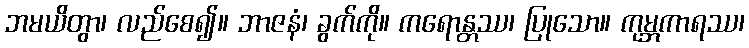
ဘမယိတွာ၊ လည်စေ၍။ ဘာဇနံ၊ ခွက်ကို။ ကရောန္တဿ၊ ပြုသော။ ကုမ္ဘကာရဿ၊